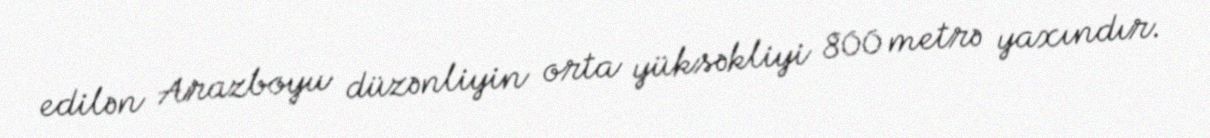
edilən Arazboyu düzənliyin orta yüksəkliyi 800 metrə yaxındır.